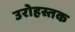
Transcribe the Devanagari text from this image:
उरोहस्तक